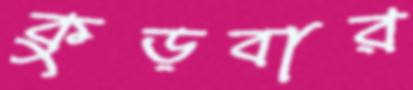
কুড়বার